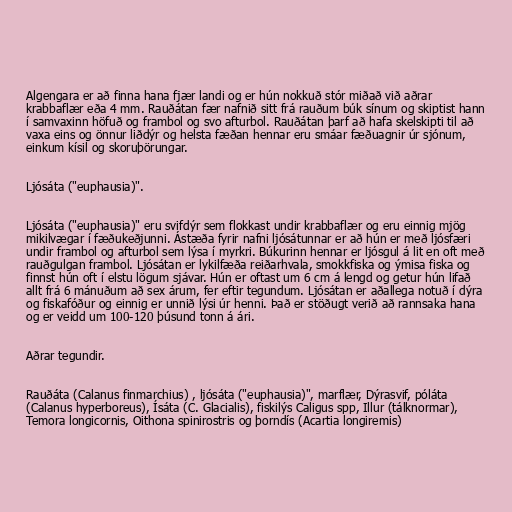
Algengara er að finna hana fjær landi og er hún nokkuð stór miðað við aðrar
krabbaflær eða 4 mm. Rauðátan fær nafnið sitt frá rauðum búk sínum og skiptist hann
í samvaxinn höfuð og frambol og svo afturbol. Rauðátan þarf að hafa skelskipti til að
vaxa eins og önnur liðdýr og helsta fæðan hennar eru smáar fæðuagnir úr sjónum,
einkum kísil og skoruþörungar.

Ljósáta ("euphausia)".

Ljósáta ("euphausia)" eru svifdýr sem flokkast undir krabbaflær og eru einnig mjög
mikilvægar í fæðukeðjunni. Ástæða fyrir nafni ljósátunnar er að hún er með ljósfæri
undir frambol og afturbol sem lýsa í myrkri. Búkurinn hennar er ljósgul á lit en oft með
rauðgulgan frambol. Ljósátan er lykilfæða reiðarhvala, smokkfiska og ýmisa fiska og
finnst hún oft í elstu lögum sjávar. Hún er oftast um 6 cm á lengd og getur hún lifað
allt frá 6 mánuðum að sex árum, fer eftir tegundum. Ljósátan er aðallega notuð í dýra
og fiskafóður og einnig er unnið lýsi úr henni. Það er stöðugt verið að rannsaka hana
og er veidd um 100-120 þúsund tonn á ári.

Aðrar tegundir.

Rauðáta (Calanus finmarchius) , ljósáta ("euphausia)", marflær, Dýrasvif, póláta
(Calanus hyperboreus), Ísáta (C. Glacialis), fiskilýs Caligus spp, Illur (tálknormar),
Temora longicornis, Oithona spinirostris og þorndís (Acartia longiremis)